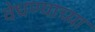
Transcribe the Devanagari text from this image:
वेधण्याच्या